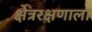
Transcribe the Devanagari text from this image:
क्षेत्ररक्षणाला